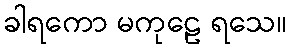
ခါရကော မကုဠေ ရသေ။